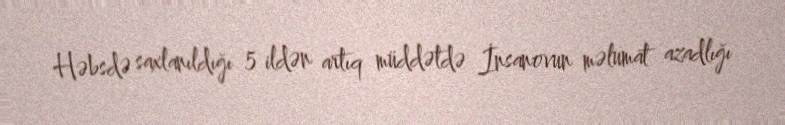
Həbsdə saxlanıldığı 5 ildən artıq müddətdə İnsanovun məlumat azadlığı